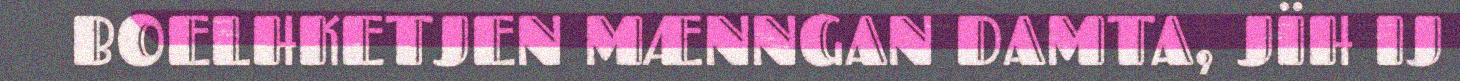
BOELHKETJEN MÆNNGAN DAMTA, JÏH IJ